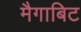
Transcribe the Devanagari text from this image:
मैगाबिट